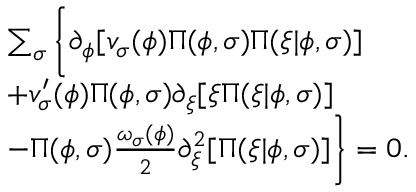
\begin{array} { r l } & { \sum _ { \sigma } \bigg \{ \partial _ { \phi } [ v _ { \sigma } ( \phi ) \Pi ( \phi , \sigma ) \Pi ( \xi \vert \phi , \sigma ) ] } \\ & { + v _ { \sigma } ^ { \prime } ( \phi ) \Pi ( \phi , \sigma ) \partial _ { \xi } [ \xi \Pi ( \xi \vert \phi , \sigma ) ] } \\ & { - \Pi ( \phi , \sigma ) \frac { \omega _ { \sigma } ( \phi ) } { 2 } \partial _ { \xi } ^ { 2 } [ \Pi ( \xi \vert \phi , \sigma ) ] \bigg \} = 0 . } \end{array}